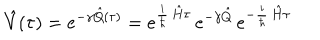
\hat { V } ( \tau ) = e ^ { - \gamma \hat { Q } ( \tau ) } = e ^ { \frac { i } { \hbar } \, \hat { H } \tau } \, e ^ { - \gamma \hat { Q } } \, e ^ { - \frac { i } { \hbar } \, \hat { H } \tau }